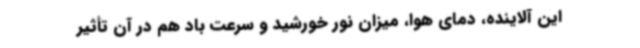
این آلاینده، دمای هوا، میزان نور خورشید و سرعت باد هم در آن تأثیر